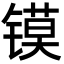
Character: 镆